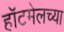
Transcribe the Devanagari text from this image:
हॉटमेलच्या